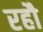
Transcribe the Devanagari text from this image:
रहौ